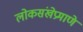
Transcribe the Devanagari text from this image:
लोकसंखेप्रमाणे